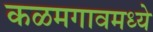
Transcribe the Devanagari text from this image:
कळमगावमध्ये